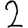
Digit: 2